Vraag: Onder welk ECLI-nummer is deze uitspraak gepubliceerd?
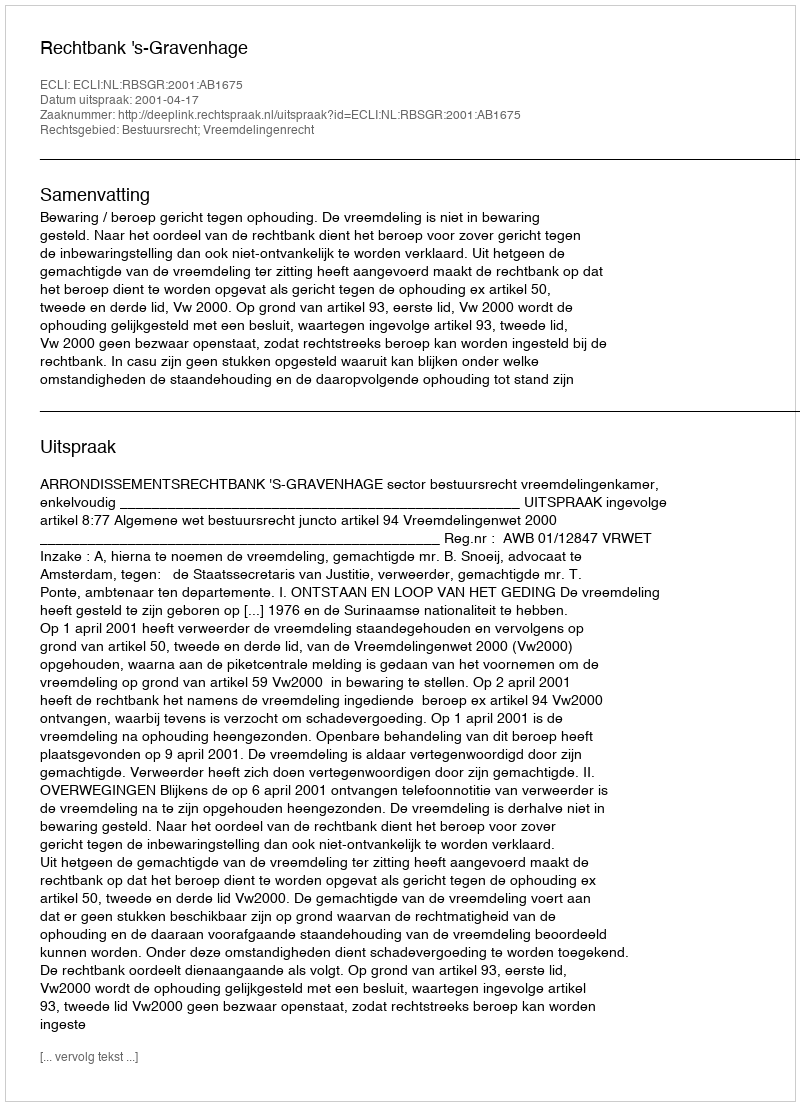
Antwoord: ECLI:NL:RBSGR:2001:AB1675